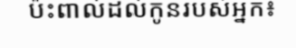
ប៉ះពាល់ដល់កូនរបស់អ្នក៖